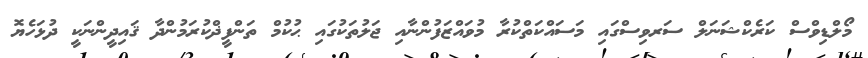
މޯލްޑިވްސް ކަރެކްޝަނަލް ސަރވިސްގައި މަސައްކަތްކުރާ މުވައްޒަފުންނާއި ޖަލުތަކުގައި ޙުކުމް ތަންފީޛްކުރަމުންދާ ޤައިދީންނަކީ ދުޅަހެޔޮ